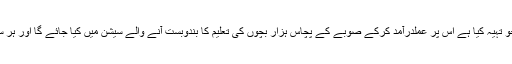
توقع کی جانی چاہئے کہ صوبے میں نجی سکول مالکان کی انجمن نے جو تہیہ کیا ہے اس پر عملدرآمد کرکے صوبے کے پچاس ہزار بچوں کی تعلیم کا بندوبست آنے والے سیشن میں کیا جائے گا اور ہر سکول اس کے تحت داخل بچوں کی فہرست انجمن کو بھجوائی جائے گی۔